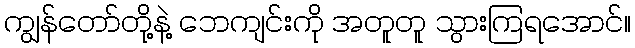
ကျွန်တော်တို့နဲ့ ဘေကျင်းကို အတူတူ သွားကြရအောင်။